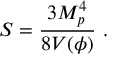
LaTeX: S = { \frac { 3 M _ { p } ^ { 4 } } { 8 V ( \phi ) } } \ .